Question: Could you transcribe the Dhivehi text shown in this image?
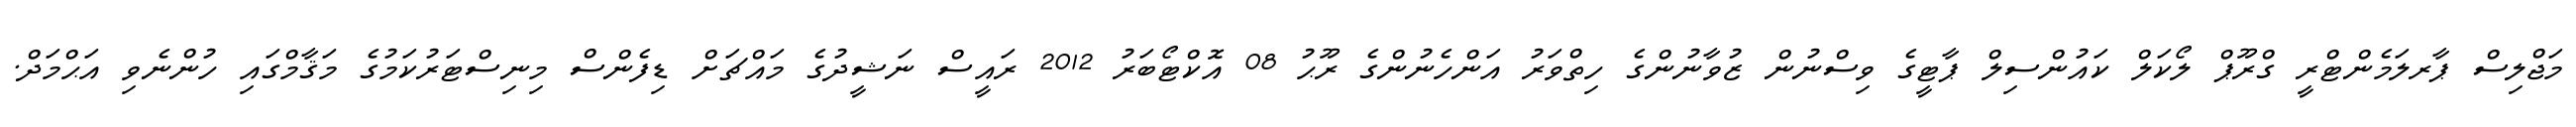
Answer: މަޖްލިސް ޕާރލަމެންޓްރީ ގްރޫޕް ލޯކަލް ކައުންސިލް ޕާޓީގެ ވިސްނުން ޒުވާނުންގެ ހިތްވަރު އަންހެނުންގެ ރޫޙު 08 އޮކްޓޯބަރު 2012 ރައީސް ނަޝީދުގެ މައްޗަށް ޑިފެންސް މިނިސްޓަރުކަމުގެ މަޤާމްގައި ހުންނެވި އަޙްމަދް.